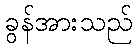
ခွန်အားသည်